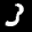
Label: 3